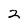
Character: 2